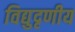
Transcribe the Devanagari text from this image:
विद्युदृणीय